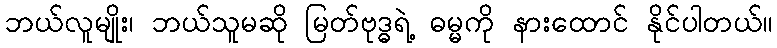
ဘယ်လူမျိုး၊ ဘယ်သူမဆို မြတ်ဗုဒ္ဓရဲ့ ဓမ္မကို နားထောင် နိုင်ပါတယ်။